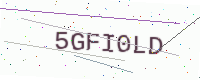
Text: 5GFI0LD